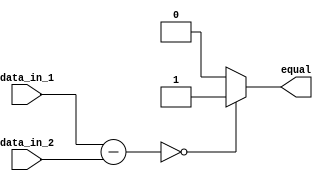
module EqualityComparator (
    input [3:0] data_in_1,
    input [3:0] data_in_2,
    output reg equal
);

reg [3:0] subtract_result;

always @* begin
    subtract_result = data_in_1 - data_in_2;
    
    if(subtract_result == 4'b0000) // Check if the result is zero
        equal = 1;
    else
        equal = 0;
end

endmodule